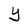
Character: Y